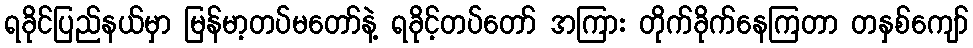
ရခိုင်ပြည်နယ်မှာ မြန်မာ့တပ်မတော်နဲ့ ရခိုင့်တပ်တော် အကြား တိုက်ခိုက်နေကြတာ တနှစ်ကျော်